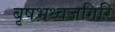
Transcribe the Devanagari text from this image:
बृषभध्वजगिरि